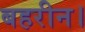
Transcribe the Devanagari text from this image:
बहरीन।